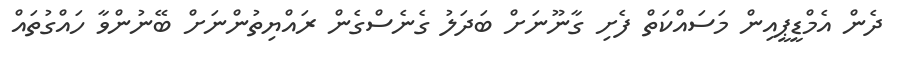
ދެން އެމްޑީޕީއިން މަސައްކަތް ފެށި ގާނޫނަށް ބަދަލު ގެނެސްގެން ރައްޔިތުންނަށް ބޭނުންވާ ހައްގުތައް